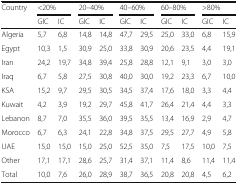
<table><thead><tr><td rowspan="2"><b>Country</b></td><td colspan="2"><b>&lt;20%</b></td><td colspan="2"><b>20–40%</b></td><td colspan="2"><b>40–60%</b></td><td colspan="2"><b>60–80%</b></td><td colspan="2"><b>&gt;80%</b></td></tr><tr><td><b>GIC</b></td><td><b>IC</b></td><td><b>GIC</b></td><td><b>IC</b></td><td><b>GIC</b></td><td><b>IC</b></td><td><b>GIC</b></td><td><b>IC</b></td><td><b>GIC</b></td><td><b>IC</b></td></tr></thead><tbody><tr><td>Algeria</td><td>5,7</td><td>6,8</td><td>14,8</td><td>14,8</td><td>47,7</td><td>29,5</td><td>25,0</td><td>33,0</td><td>6,8</td><td>15,9</td></tr><tr><td>Egypt</td><td>10,3</td><td>1,5</td><td>30,9</td><td>25,0</td><td>33,8</td><td>30,9</td><td>20,6</td><td>23,5</td><td>4,4</td><td>19,1</td></tr><tr><td>Iran</td><td>24,2</td><td>19,7</td><td>34,8</td><td>39,4</td><td>25,8</td><td>28,8</td><td>12,1</td><td>9,1</td><td>3,0</td><td>3,0</td></tr><tr><td>Iraq</td><td>6,7</td><td>5,8</td><td>27,5</td><td>30,8</td><td>40,0</td><td>30,0</td><td>19,2</td><td>23,3</td><td>6,7</td><td>10,0</td></tr><tr><td>KSA</td><td>15,2</td><td>9,7</td><td>29,5</td><td>30,5</td><td>34,5</td><td>37,4</td><td>17,6</td><td>18,0</td><td>3,3</td><td>4,4</td></tr><tr><td>Kuwait</td><td>4,2</td><td>3,9</td><td>19,2</td><td>29,7</td><td>45,8</td><td>41,7</td><td>26,4</td><td>21,4</td><td>4,4</td><td>3,3</td></tr><tr><td>Lebanon</td><td>8,7</td><td>7,0</td><td>35,5</td><td>36,0</td><td>39,5</td><td>35,5</td><td>13,4</td><td>16,9</td><td>2,9</td><td>4,7</td></tr><tr><td>Morocco</td><td>6,7</td><td>6,3</td><td>24,1</td><td>22,8</td><td>34,8</td><td>37,5</td><td>29,5</td><td>27,7</td><td>4,9</td><td>5,8</td></tr><tr><td>UAE</td><td>15,0</td><td>15,0</td><td>15,0</td><td>25,0</td><td>52,5</td><td>35,0</td><td>7,5</td><td>17,5</td><td>10,0</td><td>7,5</td></tr><tr><td>Other</td><td>17,1</td><td>17,1</td><td>28,6</td><td>25,7</td><td>31,4</td><td>37,1</td><td>11,4</td><td>8,6</td><td>11,4</td><td>11,4</td></tr><tr><td>Total</td><td>10,0</td><td>7,6</td><td>26,0</td><td>28,9</td><td>38,7</td><td>36,5</td><td>20,8</td><td>20,8</td><td>4,5</td><td>6,2</td></tr></tbody></table>